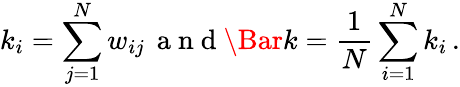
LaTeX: k_{i}=\sum_{j=1}^{N}w_{ij}\, \mathrm{~a~n~d~}\Bar{k}=\frac{1}{N}\sum_{i=1}^{N}k_{i}\, .